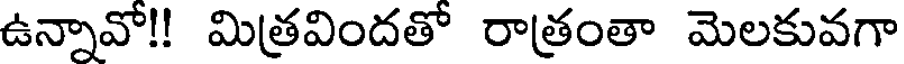
ఉన్నావో!! మిత్రవిందతో రాత్రంతా మెలకువగా